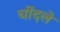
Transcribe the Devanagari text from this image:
चोंदले